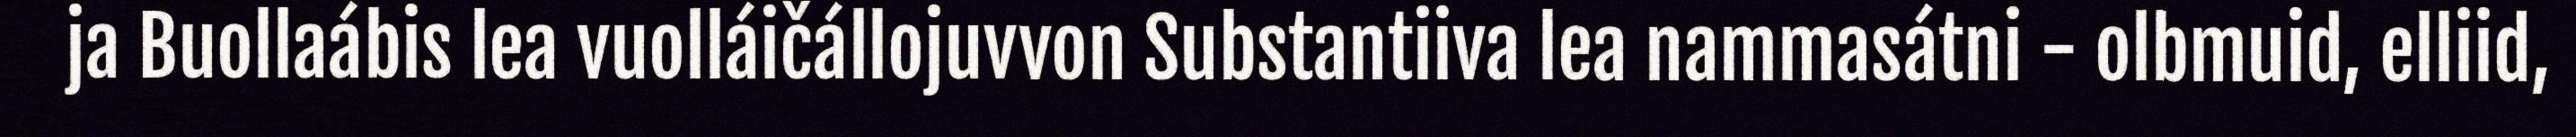
ja Buollaábis lea vuolláičállojuvvon Substantiiva lea nammasátni - olbmuid, elliid,